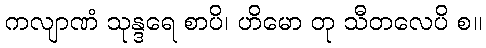
ကလျာဏံ သုန္ဒရေ စာပိ၊ ဟိမော တု သီတလေပိ စ။